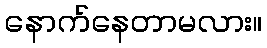
နောက်နေတာမလား။